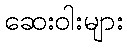
ဆေးဝါးများ